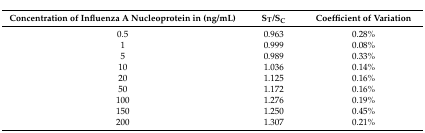
<table><thead><tr><td><b>Concentration of Influenza A Nucleoprotein in (ng/mL)</b></td><td><b>S<sub>T</sub>/S<sub>C</sub></b></td><td><b>Coefficient of Variation</b></td></tr></thead><tbody><tr><td>0.5</td><td>0.963</td><td>0.28%</td></tr><tr><td>1</td><td>0.999</td><td>0.08%</td></tr><tr><td>5</td><td>0.989</td><td>0.33%</td></tr><tr><td>10</td><td>1.036</td><td>0.14%</td></tr><tr><td>20</td><td>1.125</td><td>0.16%</td></tr><tr><td>50</td><td>1.172</td><td>0.16%</td></tr><tr><td>100</td><td>1.276</td><td>0.19%</td></tr><tr><td>150</td><td>1.250</td><td>0.45%</td></tr><tr><td>200</td><td>1.307</td><td>0.21%</td></tr></tbody></table>